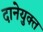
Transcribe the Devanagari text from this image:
दानेयुक्त